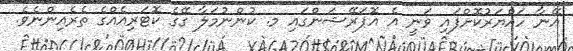
އޭނާ ހައްޔަރުކޮށްފައި ވަނީ އެ އޮޕަރޭޝަންގައި މ. ކުންނުމަލާ ގޭގެ ކޮޓަރިއެއްގެ ތެރެއިންނެވެ.